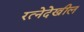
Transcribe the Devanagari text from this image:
रत्‍नेदेखील